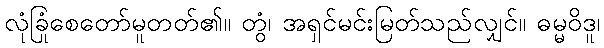
လုံခြုံစေတော်မူတတ်၏။ တွံ၊ အရှင်မင်းမြတ်သည်လျှင်။ ဓမ္မဝိဒူ၊